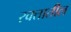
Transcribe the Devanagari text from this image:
रक्‍तातील